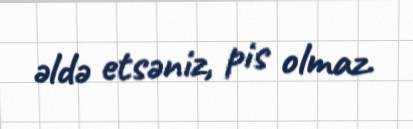
əldə etsəniz, pis olmaz.